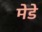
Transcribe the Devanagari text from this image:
मेडे